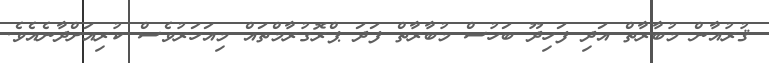
ޤުރުއާން މުބާރާތް އަދި ފަހިދޫ ބަހުސް މުބާރާތް ފަދަ ޕްރޮގުރާމްތައް މިއަހަރުވެސް ކުރިއަށްދާނެއެވެ.